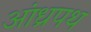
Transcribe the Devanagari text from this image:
आंध्रपथ